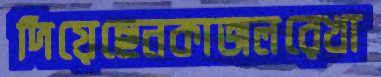
দিয়েছেনকাজলরেখা